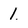
Character: 1